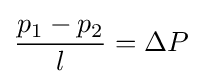
{\frac {p_{1}-p_{2}}{l}}=\Delta P